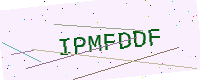
Text: IPMFDDF